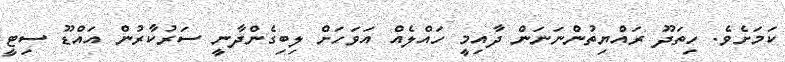
ކަމަށެވެ. ހިތަދޫ ރައްޔިތުންނަނަން ދާއިމީ ހައްލެއް އަވަހަށް ލިބިގެންދާނީ ސަރުކާރުން އައްޑޫ ސިޓީ